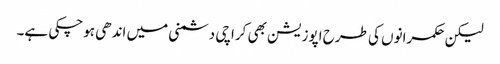
لیکن حکمرانوں کی طرح اپوزیشن بھی کراچی دشمنی میں اندھی ہوچکی ہے۔